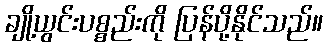
ချို့ယွင်းပစ္စည်းကို ပြန်ပို့နိုင်သည်။